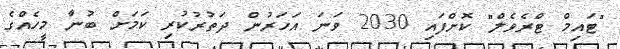
"ޓައިމް ޓްރެވެލް" ކޮށްފައި 2030 ވަނަ އަހަރުން ދަތުރުކުރި ކަމަށް ބުނާ މީހެއްގެ